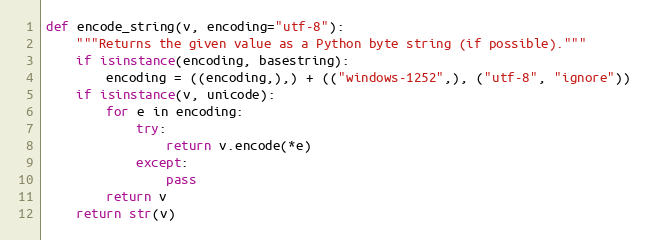
Language: Python
def encode_string(v, encoding="utf-8"):
    """Returns the given value as a Python byte string (if possible)."""
    if isinstance(encoding, basestring):
        encoding = ((encoding,),) + (("windows-1252",), ("utf-8", "ignore"))
    if isinstance(v, unicode):
        for e in encoding:
            try:
                return v.encode(*e)
            except:
                pass
        return v
    return str(v)